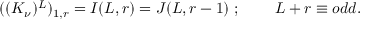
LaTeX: ( ( K _ { \nu } ) ^ { L } ) _ { 1 , r } = I ( L , r ) = J ( L , r - 1 ) \; ; \; \; \; \; \; \; \; \; L + r \equiv o d d .